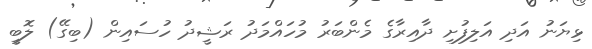
ޅިޔަނު އަދި އަލިފުށި ދާއިރާގެ މެންބަރު މުހައްމަދު ރަޝީދު ހުސައިން (ބިގޭ) ލޮބީ